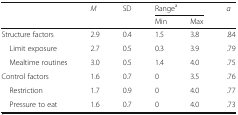
| <ROWSPAN=2>  | <ROWSPAN=2> M | <ROWSPAN=2> SD | <COLSPAN=2> Rangea | <ROWSPAN=2> α |
 | Min | Max |
 | --- | --- | --- | --- | --- | --- |
 | Structure factors | 2.9 | 0.4 | 1.5 | 3.8 | .84 |
 | Limit exposure | 2.7 | 0.5 | 0.3 | 3.9 | .79 |
 | Mealtime routines | 3.0 | 0.5 | 1.4 | 4.0 | .75 |
 | Control factors | 1.6 | 0.7 | 0 | 3.5 | .76 |
 | Restriction | 1.7 | 0.9 | 0 | 4.0 | .77 |
 | Pressure to eat | 1.6 | 0.7 | 0 | 4.0 | .73 |